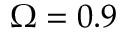
\Omega = 0 . 9